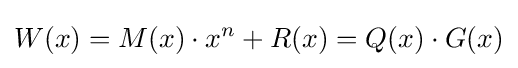
W(x)=M(x)\cdot x^{n}+R(x)=Q(x)\cdot G(x)